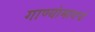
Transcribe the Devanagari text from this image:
गाण्यांमागचे